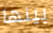
بينها